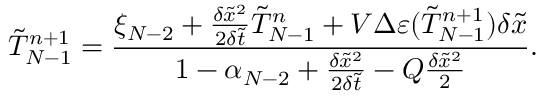
\tilde { T } _ { N - 1 } ^ { n + 1 } = \frac { { { \xi _ { N - 2 } } + \frac { { \delta { { \tilde { x } } ^ { 2 } } } } { { 2 \delta \tilde { t } } } \tilde { T } _ { N - 1 } ^ { n } + V \Delta \varepsilon ( \tilde { T } _ { N - 1 } ^ { n + 1 } ) \delta \tilde { x } } } { { 1 - { \alpha _ { N - 2 } } + \frac { { \delta { { \tilde { x } } ^ { 2 } } } } { { 2 \delta \tilde { t } } } - Q \frac { { \delta { { \tilde { x } } ^ { 2 } } } } { 2 } } } .